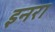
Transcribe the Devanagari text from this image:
इनरा